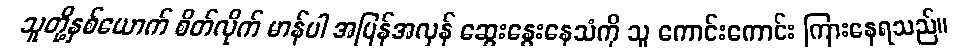
သူတို့နှစ်ယောက် စိတ်လိုက် မာန်ပါ အပြန်အလှန် ဆွေးနွေးနေသံကို သူ ကောင်းကောင်း ကြားနေရသည်။